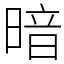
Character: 暗